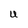
Character: U